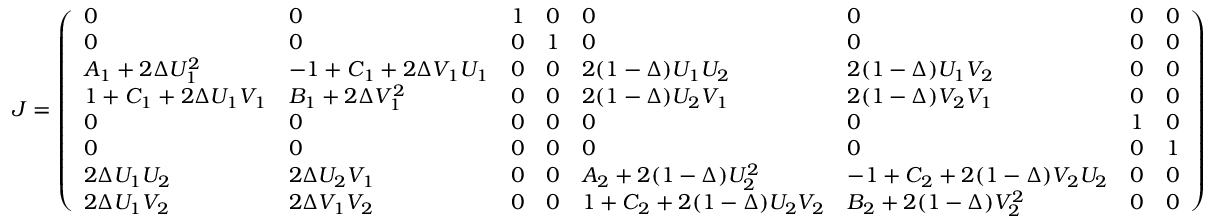
J = \left( \begin{array} { l l l l l l l l } { 0 } & { 0 } & { 1 } & { 0 } & { 0 } & { 0 } & { 0 } & { 0 } \\ { 0 } & { 0 } & { 0 } & { 1 } & { 0 } & { 0 } & { 0 } & { 0 } \\ { A _ { 1 } + 2 \Delta U _ { 1 } ^ { 2 } } & { - 1 + C _ { 1 } + 2 \Delta V _ { 1 } U _ { 1 } } & { 0 } & { 0 } & { 2 ( 1 - \Delta ) U _ { 1 } U _ { 2 } } & { 2 ( 1 - \Delta ) U _ { 1 } V _ { 2 } } & { 0 } & { 0 } \\ { 1 + C _ { 1 } + 2 \Delta U _ { 1 } V _ { 1 } } & { B _ { 1 } + 2 \Delta V _ { 1 } ^ { 2 } } & { 0 } & { 0 } & { 2 ( 1 - \Delta ) U _ { 2 } V _ { 1 } } & { 2 ( 1 - \Delta ) V _ { 2 } V _ { 1 } } & { 0 } & { 0 } \\ { 0 } & { 0 } & { 0 } & { 0 } & { 0 } & { 0 } & { 1 } & { 0 } \\ { 0 } & { 0 } & { 0 } & { 0 } & { 0 } & { 0 } & { 0 } & { 1 } \\ { 2 \Delta U _ { 1 } U _ { 2 } } & { 2 \Delta U _ { 2 } V _ { 1 } } & { 0 } & { 0 } & { A _ { 2 } + 2 ( 1 - \Delta ) U _ { 2 } ^ { 2 } } & { - 1 + C _ { 2 } + 2 ( 1 - \Delta ) V _ { 2 } U _ { 2 } } & { 0 } & { 0 } \\ { 2 \Delta U _ { 1 } V _ { 2 } } & { 2 \Delta V _ { 1 } V _ { 2 } } & { 0 } & { 0 } & { 1 + C _ { 2 } + 2 ( 1 - \Delta ) U _ { 2 } V _ { 2 } } & { B _ { 2 } + 2 ( 1 - \Delta ) V _ { 2 } ^ { 2 } } & { 0 } & { 0 } \end{array} \right)